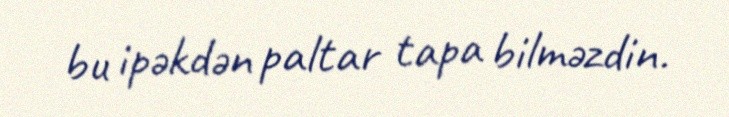
bu ipəkdən paltar tapa bilməzdin.